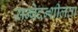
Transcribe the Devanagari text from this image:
सन्वेदन्शीलता